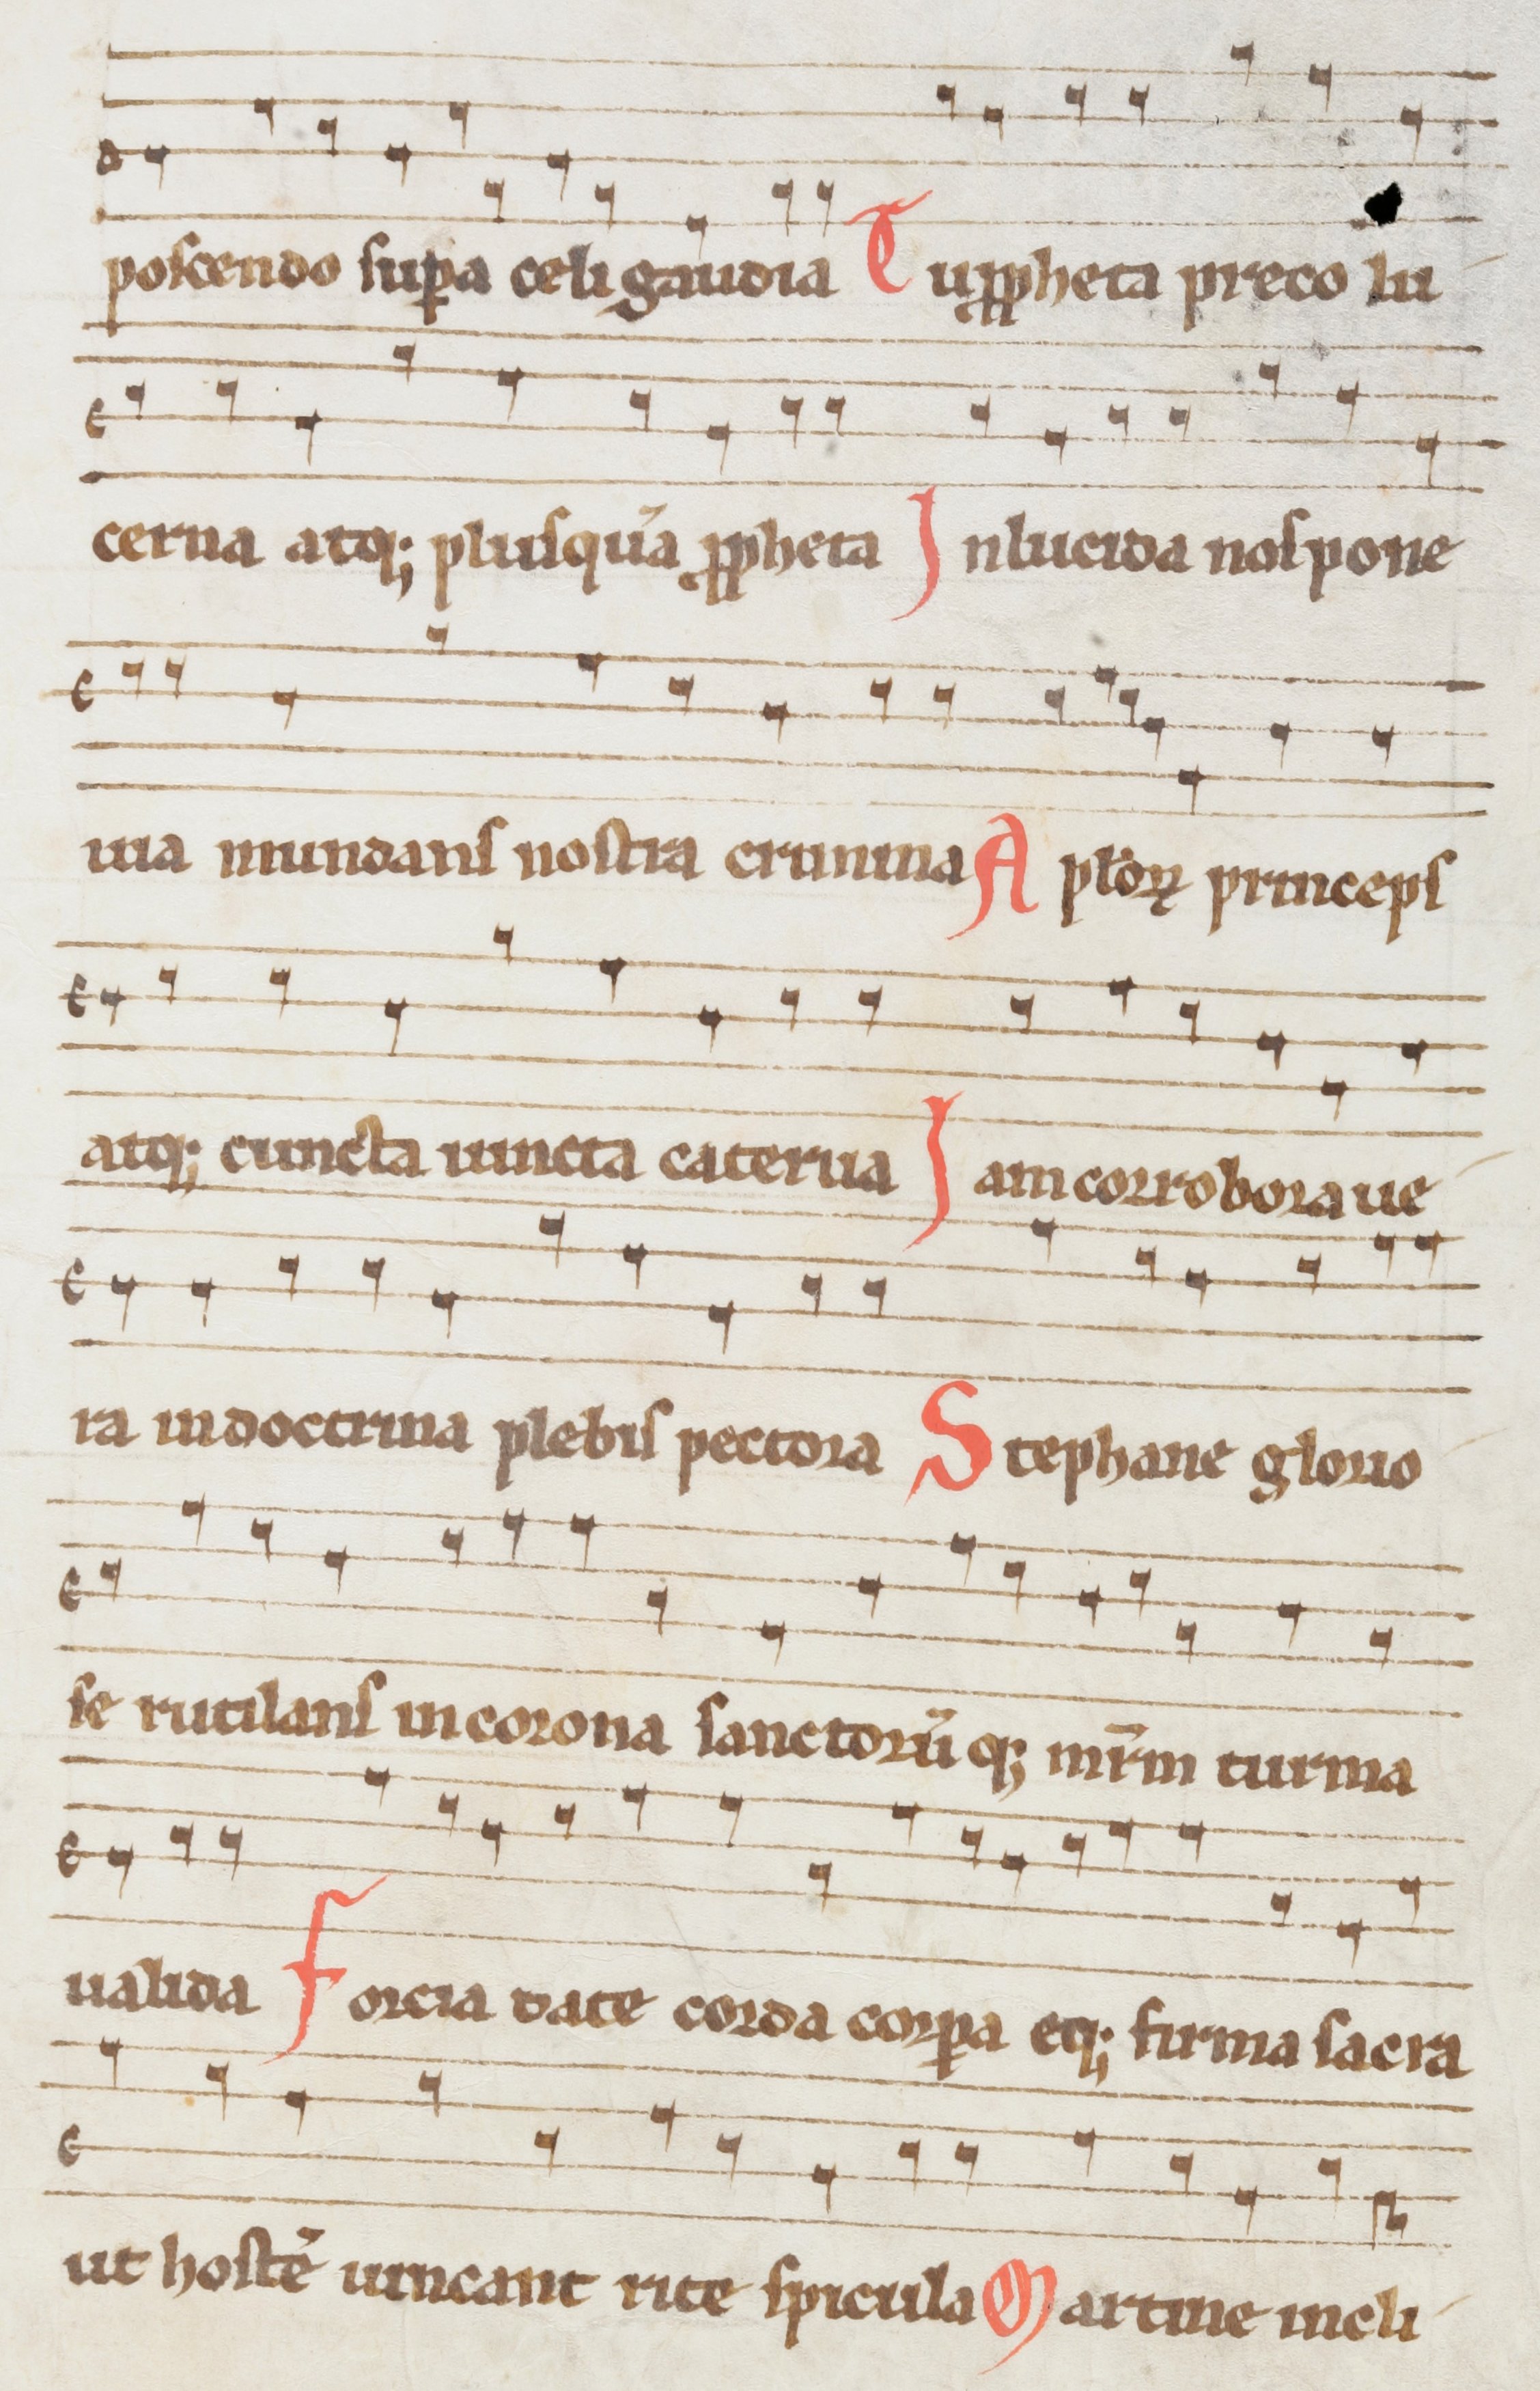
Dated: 1290–1309